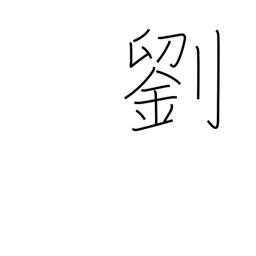
Meaning: faded